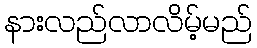
နားလည်လာလိမ့်မည်